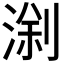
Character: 𱧗